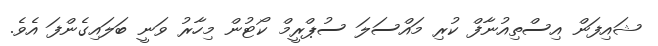
ޝައިފަން އިސްތިއުނާފް ކުރި މައްސަލަ ސުޕްރީމް ކޯޓުން މިހާރު ވަނީ ބަލައިގެންފަ އެވެ.